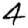
Digit: 4